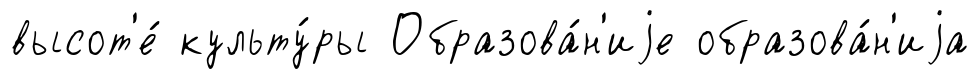
высот'е́ культу́ры Образова́н'иjе образова́н'иjа